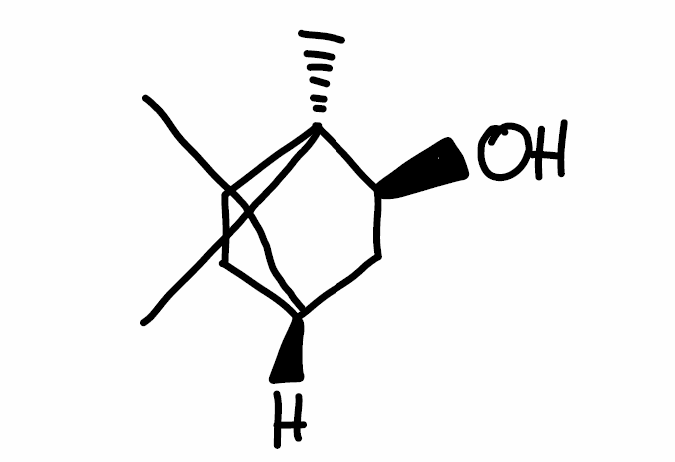
Simplified molecular-input line-entry system (SMILES) notation of the given molecule:
C[C@@]12CC[C@H](C1(C)C)C[C@@H]2O